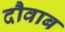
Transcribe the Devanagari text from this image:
दौवाब